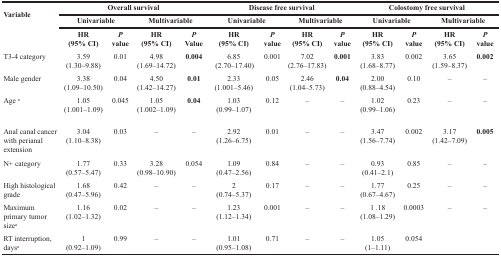
<table><thead><tr><td rowspan="2"><b>Variable</b></td><td colspan="4"><b>Overall survival</b></td><td colspan="4"><b>Disease free survival</b></td><td colspan="4"><b>Colostomy free survival</b></td></tr><tr><td colspan="2"><b>Univariable</b></td><td colspan="2"><b>Multivariable</b></td><td colspan="2"><b>Univariable</b></td><td colspan="2"><b>Multivariable</b></td><td colspan="2"><b>Univariable</b></td><td colspan="2"><b>Multivariable</b></td></tr></thead><tbody><tr><td></td><td><b>HR</b><b>(95% CI)</b></td><td><b><i>P</i></b><b>value</b></td><td><b>HR</b><b>(95% CI)</b></td><td><b><i>P</i></b><b>Value</b></td><td><b>HR</b><b>(95% CI)</b></td><td><b><i>P</i></b><b>value</b></td><td><b>HR</b><b>(95% CI)</b></td><td><b><i>P</i></b><b>value</b></td><td><b>HR</b><b>(95% CI)</b></td><td><b><i>P</i></b><b>value</b></td><td><b>HR</b><b>(95% CI)</b></td><td><b><i>P</i></b><b>value</b></td></tr><tr><td>T3-4 category</td><td>3.59(1.30–9.88)</td><td>0.01</td><td>4.98(1.69–14.72)</td><td><b>0.004</b></td><td>6.85(2.70–17.40)</td><td>0.001</td><td>7.02(2.76–17.83)</td><td><b>0.001</b></td><td>3.83(1.68–8.77)</td><td>0.002</td><td>3.65(1.59–8.37)</td><td><b>0.002</b></td></tr><tr><td>Male gender</td><td>3.38(1.09–10.50)</td><td>0.04</td><td>4.50(1.42–14.27)</td><td><b>0.01</b></td><td>2.33(1.001–5.46)</td><td>0.05</td><td>2.46(1.04–5.73)</td><td><b>0.04</b></td><td>2.00(0.88–4.54)</td><td>0.10</td><td>–</td><td>–</td></tr><tr><td>Age <sup>a</sup></td><td>1.05(1.001–1.09)</td><td>0.045</td><td>1.05(1.002–1.09)</td><td><b>0.04</b></td><td>1.03(0.99–1.07)</td><td>0.12</td><td>–</td><td>–</td><td>1.02(0.99–1.06)</td><td>0.23</td><td>–</td><td>–</td></tr><tr><td>Anal canal cancer with perianal extension</td><td>3.04(1.10–8.38)</td><td>0.03</td><td>–</td><td>–</td><td>2.92(1.26–6.75)</td><td>0.01</td><td>–</td><td>–</td><td>3.47(1.56–7.74)</td><td>0.002</td><td>3.17(1.42–7.09)</td><td><b>0.005</b></td></tr><tr><td>N+ category</td><td>1.77(0.57–5.47)</td><td>0.33</td><td>3.28(0.98–10.90)</td><td>0.054</td><td>1.09(0.47–2.56)</td><td>0.84</td><td>–</td><td>–</td><td>0.93(0.41–2.1)</td><td>0.85</td><td>–</td><td>–</td></tr><tr><td>High histological grade</td><td>1.68(0.47–5.96)</td><td>0.42</td><td>–</td><td>–</td><td>2(0.74–5.37)</td><td>0.17</td><td>–</td><td>–</td><td>1.77(0.67–4.67)</td><td>0.25</td><td>–</td><td>–</td></tr><tr><td>Maximum primary tumor size<sup>a</sup></td><td>1.16(1.02–1.32)</td><td>0.02</td><td>–</td><td>–</td><td>1.23(1.12–1.34)</td><td>0.001</td><td>–</td><td>–</td><td>1 .18(1.08–1.29)</td><td>0.0003</td><td>–</td><td>–</td></tr><tr><td>RT interruption, days<sup>a</sup></td><td>1(0.92–1.09)</td><td>0.99</td><td>–</td><td>–</td><td>1.01(0.95–1.08)</td><td>0.71</td><td>–</td><td>–</td><td>1.05(1–1.11)</td><td>0.054</td><td></td><td></td></tr></tbody></table>